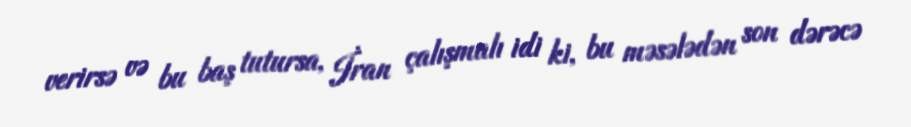
verirsə və bu baş tutursa, İran çalışmalı idi ki, bu məsələdən son dərəcə